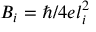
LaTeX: B _ { i } = \hbar / 4 e l _ { i } ^ { 2 }